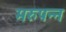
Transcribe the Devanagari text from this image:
मरुपन्न